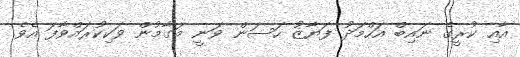
އާއި ކުރީގެ ނައިބް އަހްމަދު ފަޔާޒު ހަސަން ވަނީ މަގާމުން ވަކިކުރައްވާފަ އެވެ.